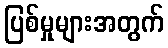
ပြစ်မှုများအတွက်